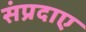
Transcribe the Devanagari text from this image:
संप्रदाए